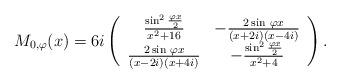
LaTeX: \begin{align*}M_{0, \varphi}(x) = 6 i \left(\begin{array}{cc}\frac{\sin^2 \frac{\varphi x}{2}}{x^2 + 16} & - \frac{2 \sin\, {\varphi x}}{(x + 2 i)(x - 4 i)} \\ \frac{2 \sin\, {\varphi x}}{(x - 2 i)(x + 4 i)} & - \frac{\sin^2 \frac{\varphi x}{2}}{x^2 + 4}\end{array}\right).\end{align*}